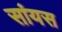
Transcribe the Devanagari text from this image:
सांयस